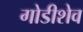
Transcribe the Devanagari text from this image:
गोडीशेव